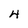
Character: 4